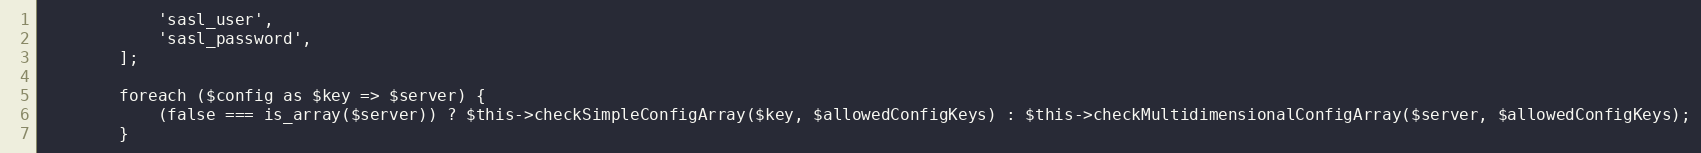
Language: PHP
            'sasl_user',
            'sasl_password',
        ];

        foreach ($config as $key => $server) {
            (false === is_array($server)) ? $this->checkSimpleConfigArray($key, $allowedConfigKeys) : $this->checkMultidimensionalConfigArray($server, $allowedConfigKeys);
        }